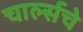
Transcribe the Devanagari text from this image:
चार्ल्सचे